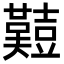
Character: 𪤱